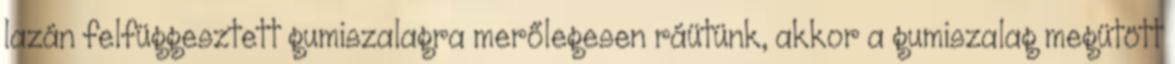
lazán felfüggesztett gumiszalagra merőlegesen ráütünk, akkor a gumiszalag megütött